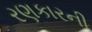
રણકારની